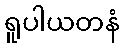
ရူပါယတနံ